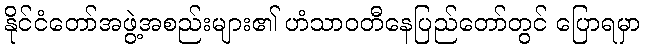
နိုင်ငံတော်အဖွဲ့အစည်းများ၏ ဟံသာဝတီနေပြည်တော်တွင် ပြောရမှာ